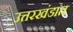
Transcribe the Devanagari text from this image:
उत्तरखंडात